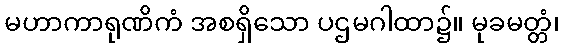
မဟာကာရုဏိကံ အစရှိသော ပဌမဂါထာ၌။ မုခမတ္တံ၊